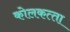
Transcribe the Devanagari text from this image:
कोलकत्‍ता